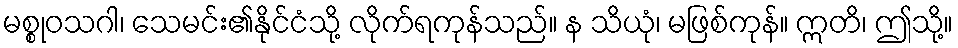
မစ္စုဝသဂါ၊ သေမင်း၏နိုင်ငံသို့ လိုက်ရကုန်သည်။ န သိယုံ၊ မဖြစ်ကုန်။ ဣတိ၊ ဤသို့။